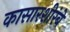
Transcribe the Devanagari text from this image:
कासारशीरंबे